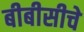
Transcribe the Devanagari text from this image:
बीबीसीचे